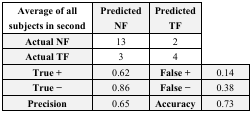
<table><thead><tr><td><b>Average of all subjects in second</b></td><td><b>Predicted NF</b></td><td><b>Predicted TF</b></td><td></td></tr></thead><tbody><tr><td><b>Actual NF</b></td><td>13</td><td>2</td><td></td></tr><tr><td><b>Actual TF</b></td><td>3</td><td>4</td><td></td></tr><tr><td><b>True +</b></td><td>0.62</td><td><b>False +</b></td><td>0.14</td></tr><tr><td><b>True −</b></td><td>0.86</td><td><b>False −</b></td><td>0.38</td></tr><tr><td><b>Precision</b></td><td>0.65</td><td><b>Accuracy</b></td><td>0.73</td></tr></tbody></table>